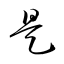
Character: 是